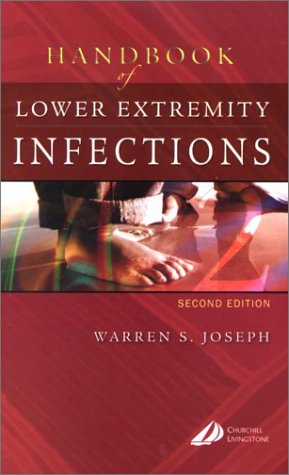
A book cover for Handbook of Lower Extremity Infections, 2e; Warren S. Joseph DPM; Medical Books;